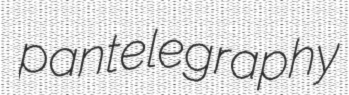
pantelegraphy